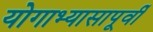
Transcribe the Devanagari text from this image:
योगाभ्यासापूर्वी